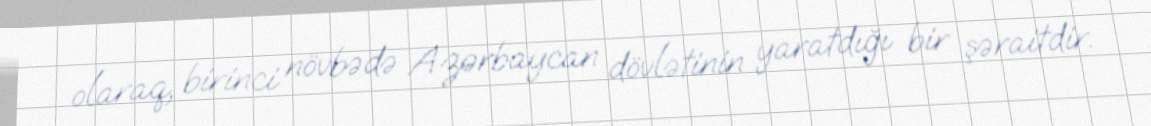
olaraq, birinci növbədə Azərbaycan dövlətinin yaratdığı bir şəraitdir.